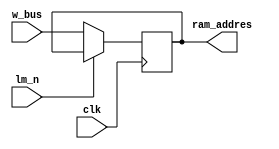
`timescale 1ns / 1ps


module memory_addres_register(

input wire				clk,
input	wire				lm_n,  //load in memory
input	wire	[3:0]		w_bus,

output wire	[3:0]		ram_addres
    
    );

reg			[3:0]		register;

always @(posedge clk)
begin
	if(lm_n ==1'b0)
		begin
			register<=w_bus;
		end
	else
		begin
			register<=register;
		end

end


assign ram_addres =register;
endmodule